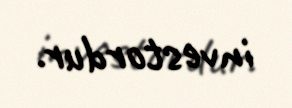
investordur.